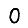
Digit: 0